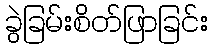
ခွဲခြမ်းစိတ်ဖြာခြင်း